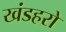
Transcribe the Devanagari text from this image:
खंडहरो